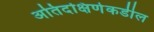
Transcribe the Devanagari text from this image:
अतिदक्षिणेकडील